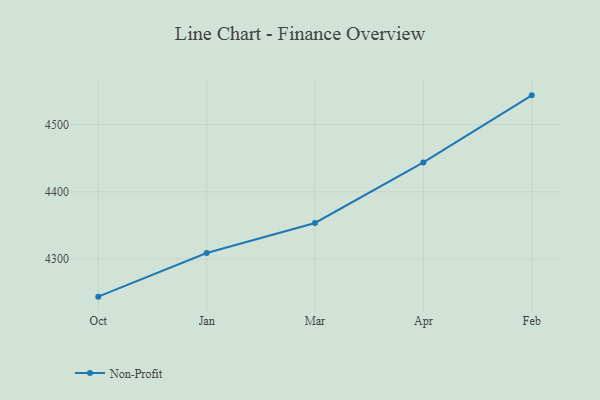
{"axis": {"x": "Month", "y": "Page Views"}, "legend": ["Non-Profit"], "data": [{"x": "Oct", "y": 4243.7, "type": "Non-Profit"}, {"x": "Jan", "y": 4308.8, "type": "Non-Profit"}, {"x": "Mar", "y": 4353.5, "type": "Non-Profit"}, {"x": "Apr", "y": 4443.7, "type": "Non-Profit"}, {"x": "Feb", "y": 4543.7, "type": "Non-Profit"}]}